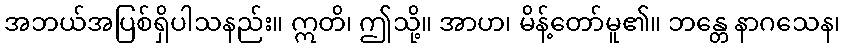
အဘယ်အပြစ်ရှိပါသနည်း။ ဣတိ၊ ဤသို့။ အာဟ၊ မိန့်တော်မူ၏။ ဘန္တေ နာဂသေန၊